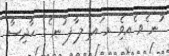
ުނ ެވ ެއވެި .މ ައ ިލ ާފ ުނ ެގ ހާދިސާ